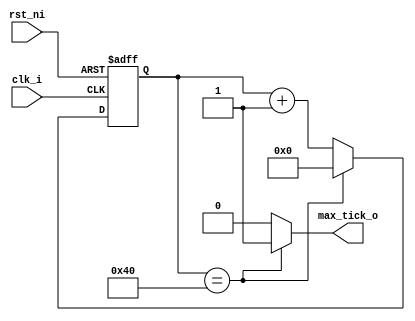
/* Filename  : mod_m_counter.v
 * Simulator : ModelSim - Intel FPGA Edition vsim 2020.1
 * Complier  : Quartus Prime - Standard Edition 20.1.1
 *
 * This file use the counter to generate the baud rate of uart.
 *
 * The source code is modified from:
 * Pong P. Chu - FPGA Prototyping By Verilog Examples
 */

module mod_m_counter #(
  parameter MOD     = 65,         // mod-M
  parameter MOD_BIT = $clog2(MOD) // number of bits in counter
) (
  input  clk_i,
  input  rst_ni,
  output max_tick_o
);

  /* State declaration */
  reg  [MOD_BIT-1:0] count_reg;
  wire [MOD_BIT-1:0] count_next;

  /* Body */
  // Register
  always @(posedge clk_i, negedge rst_ni) begin
    if (~rst_ni)
      count_reg <= 0;
    else
      count_reg <= count_next;
  end

  /* Next-state logic */
  assign count_next = (count_reg == (MOD - 1)) ? {(MOD_BIT){1'b0}} : count_reg + 1'b1;
  
  /* Output */
  assign max_tick_o = (count_reg == (MOD-1)) ? 1'b1 : 1'b0;

endmodule